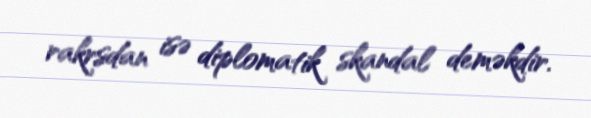
rakrsdan isə diplomatik skandal deməkdir.